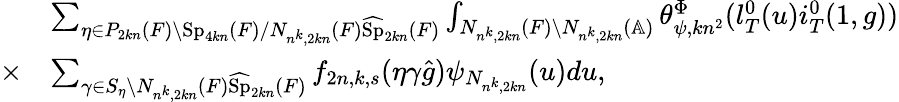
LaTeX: \begin{array}{rl}&{\sum_{\eta\in P_{2kn}(F)\backslash\mathrm{Sp}_{4kn}(F)/N_{n^{k},2kn}(F)\widehat{\mathrm{Sp}}_{2kn}(F)}\int_{N_{n^{k},2kn}(F)\backslash N_{n^{k},2kn}(\mathbb{A})}\theta_{\psi,kn^{2}}^{\Phi}(l_{T}^{0}(u)i_{T}^{0}(1,g))}\\ {\times}&{\sum_{\gamma\in S_{\eta}\backslash N_{n^{k},2kn}(F)\widehat{\mathrm{Sp}}_{2kn}(F)}f_{2n,k,s}(\eta\gamma\hat{g})\psi_{N_{n^{k},2kn}}(u)du,}\end{array}